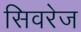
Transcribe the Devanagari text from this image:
सिवरेज